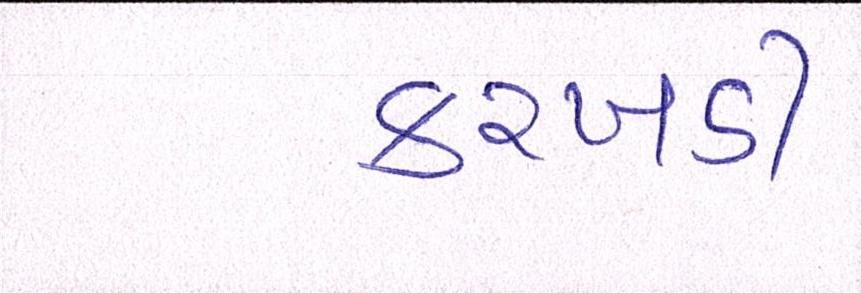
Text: કરખડી